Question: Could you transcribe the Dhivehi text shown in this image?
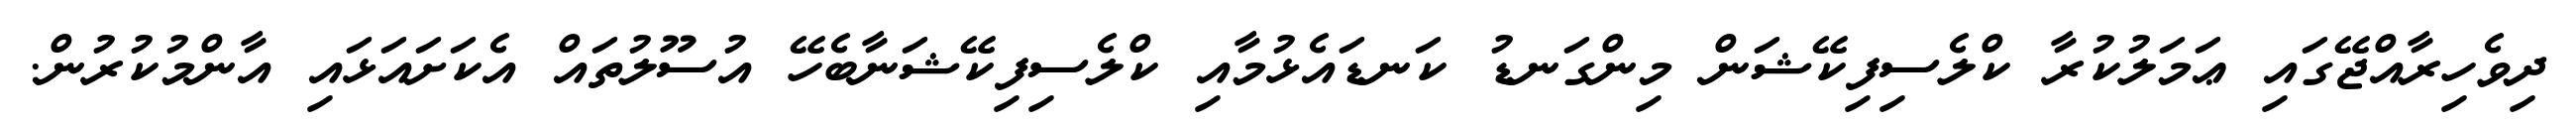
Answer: ދިވެހިރާއްޖޭގައި ޢަމަލުކުރާ ކްލެސިފިކޭޝަން މިންގަނޑު ކަނޑައެޅުމާއި ކްލެސިފިކޭޝަނާބެހޭ އުސޫލުތައް އެކަށައަޅައި އާންމުކުރުން.